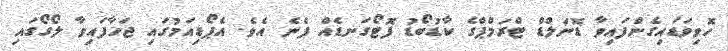
ހޮވިވަޑައިގެންފައިވާ ޑޮނަލްޑް ޓްރަމްޕްގެ ކާޑުބޯޑު ފޮޓޯގަނޑެއް ފެނެ އެވެ. އެޕޯޑިއަމުގައި ޖަހާފައިވާ ލޯގޯގައި